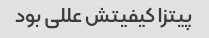
پیتزا کیفیتش عللی بود